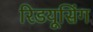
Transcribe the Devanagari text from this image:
रिडयूसिंग